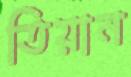
তিয়ান